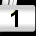
Digit: 1